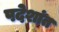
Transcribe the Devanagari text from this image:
पदेशांत